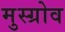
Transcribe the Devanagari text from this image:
मुस्ग्रोव